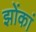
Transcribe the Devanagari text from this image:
झोंकां